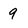
Character: 9